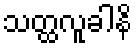
သတ္ထလူခါနိ